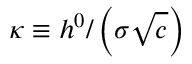
\kappa \equiv h ^ { 0 } / \left( \sigma \sqrt { c } \right)